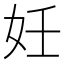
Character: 妊